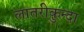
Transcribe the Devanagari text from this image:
लातरीकुन्दा